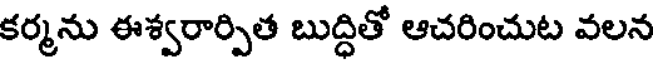
కర్మను ఈశ్వరార్పిత బుద్ధితో ఆచరించుట వలన